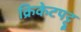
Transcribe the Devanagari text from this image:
क्रिकेटपट्टू